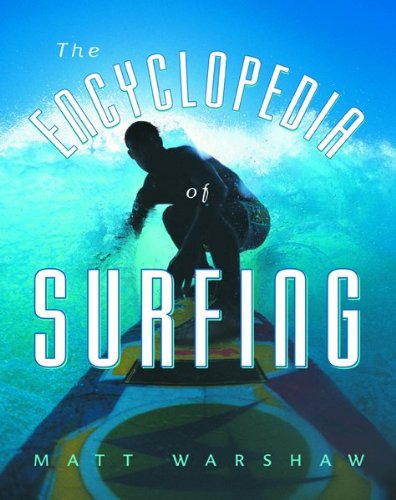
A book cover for The Encyclopedia of Surfing; Matt Warshaw; Sports & Outdoors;